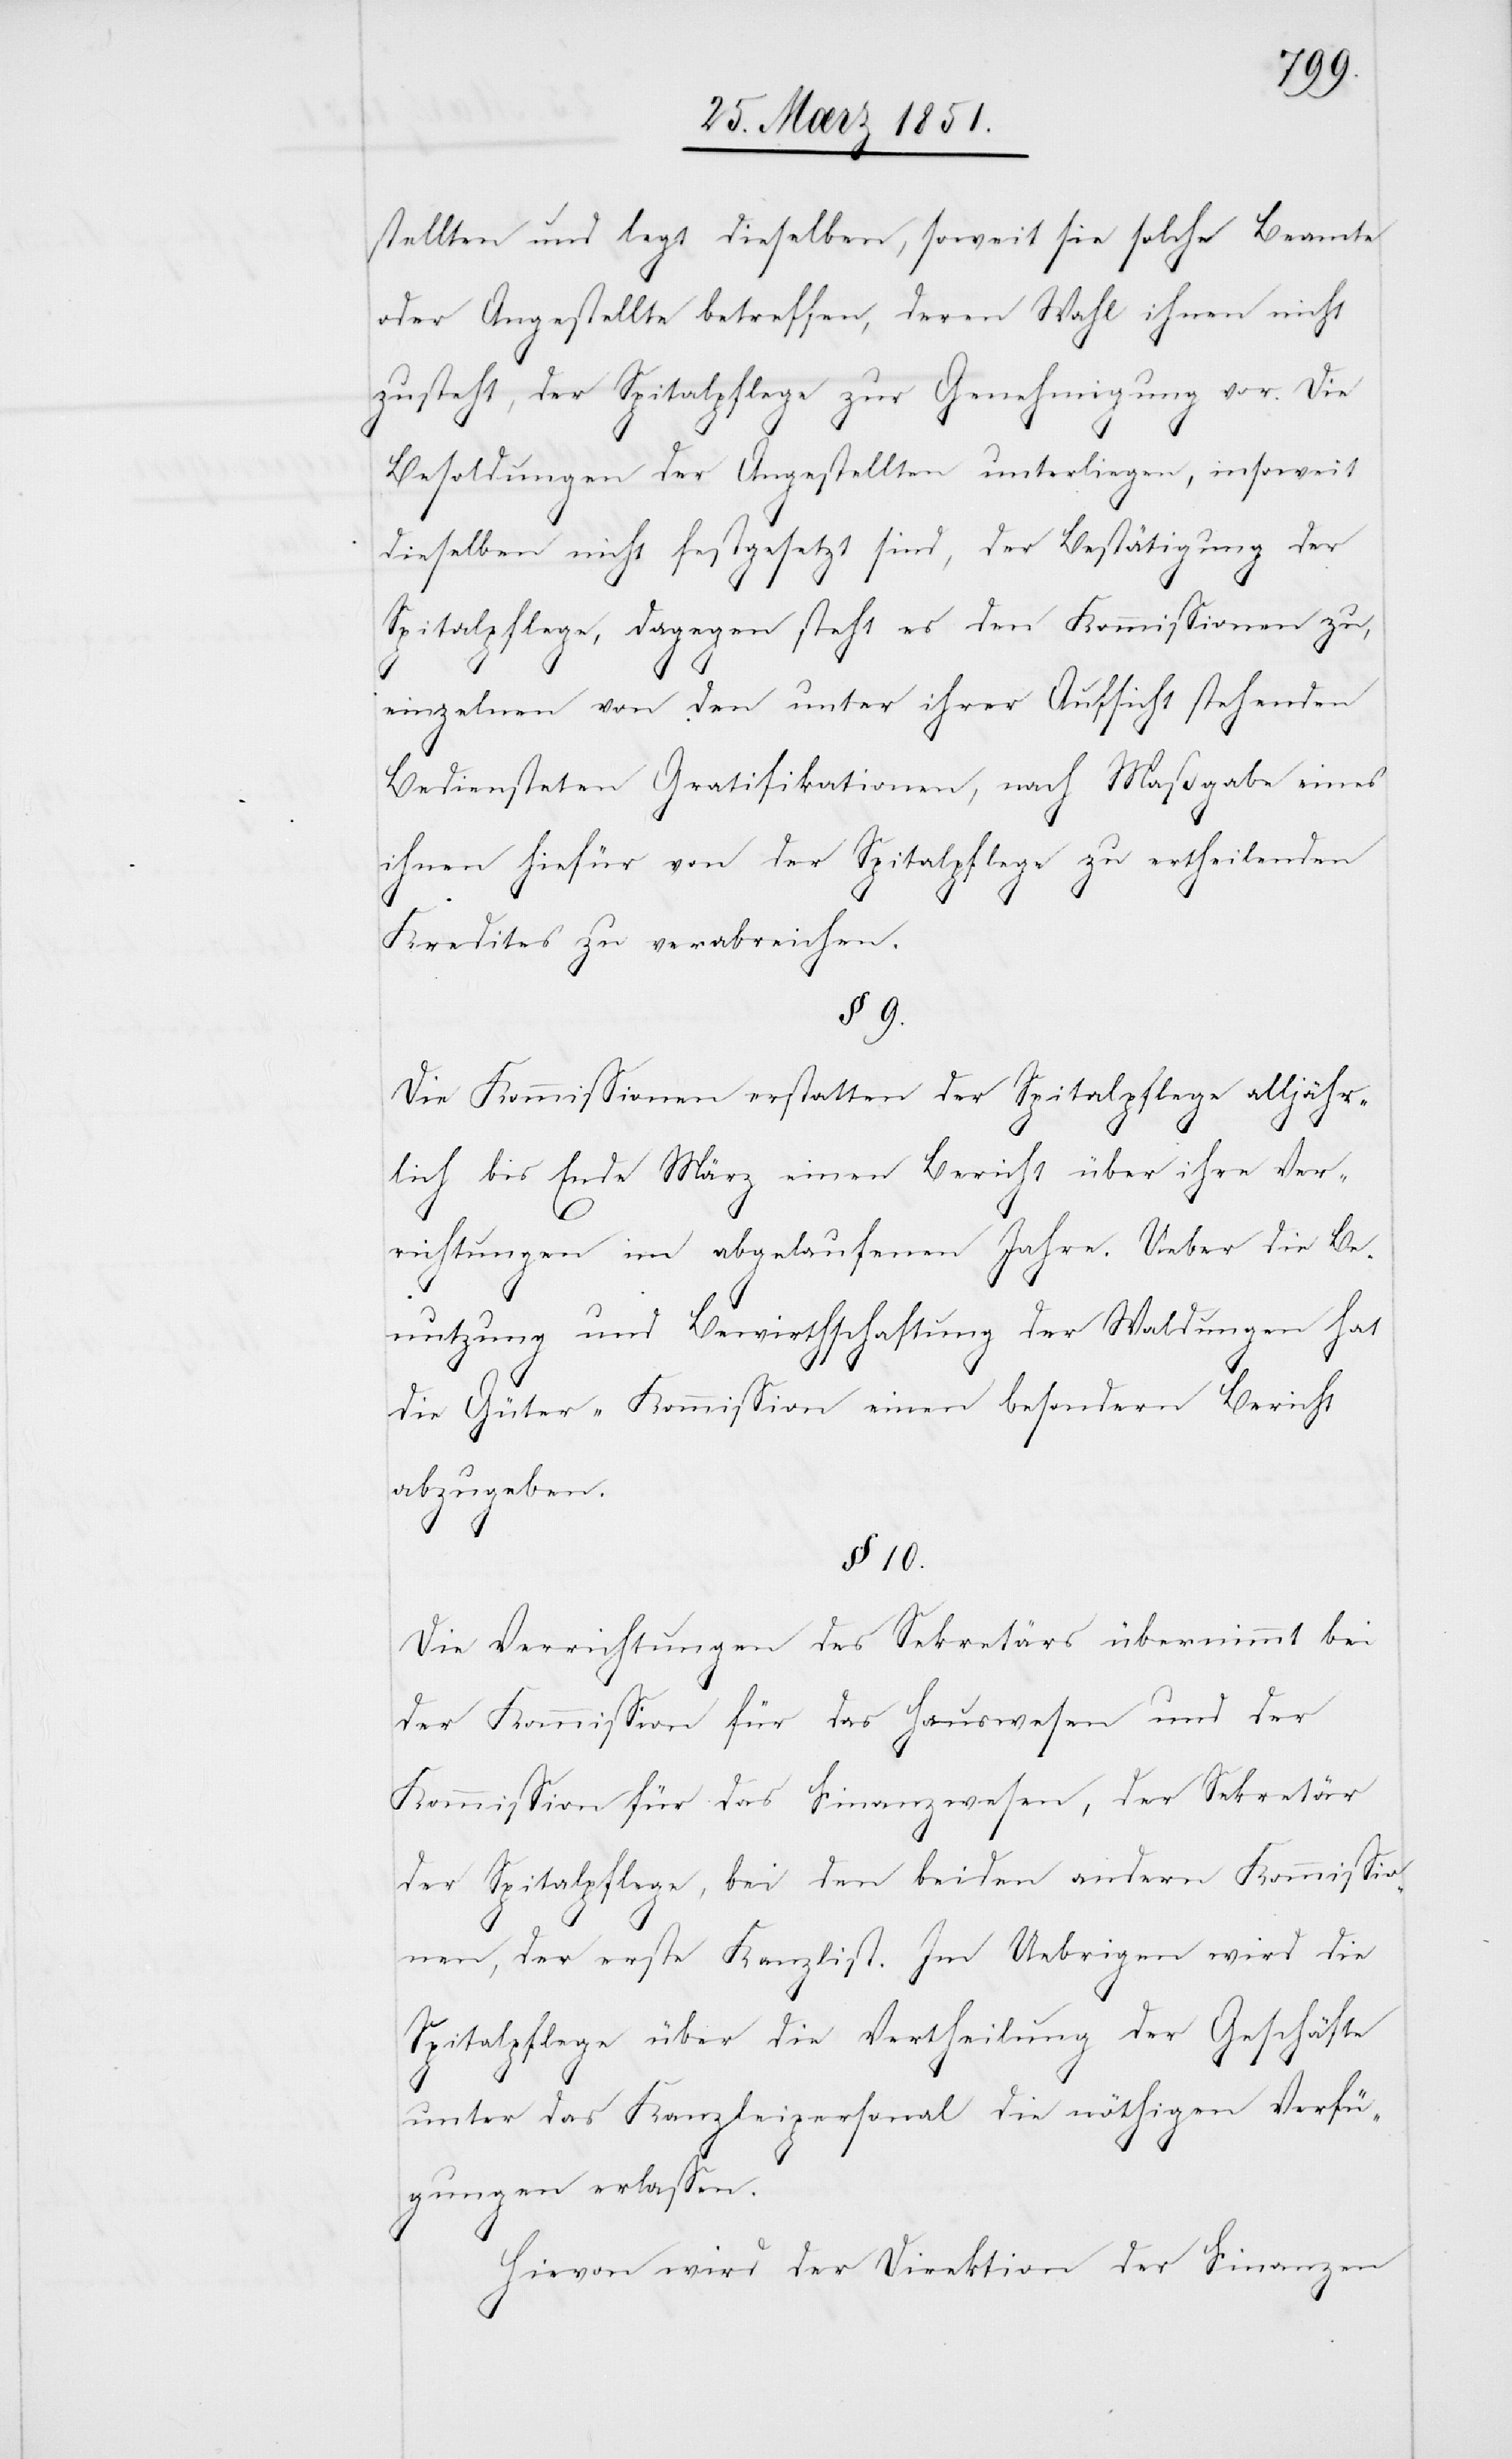
stellten und legt dieselben, soweit sie solche Beamte
oder Angestellte betreffen, deren Wahl ihnen nicht
zusteht, der Spitalpflege zur Genehmigung vor. Die
Besoldungen der Angestellten unterliegen, insoweit
dieselben nicht festgesetzt sind, der Bestätigung der
Spitalpflege, dagegen steht es den Kommissionen zu,
einzelnen von den unter ihrer Aufsicht stehenden
Bediensteten Gratifikationen, nach Maßgabe eines
ihnen hiefür von der Spitalpflege zu ertheilenden
Kredites zu verabreichen.
§ 9.
Die Kommissionen erstatten der Spitalpflege alljähr¬
lich bis Ende März einen Bericht über ihre Ver¬
richtungen im abgelaufenen Jahre. Ueber die Be¬
nutzung und Bewirthschaftung der Waldungen hat
die Güter-Kommission einen besondern Bericht
abzugeben.
§ 10.
Die Verrichtungen des Sekretärs übernimmt bei
der Kommission für das Hauswesen und der
Kommission für das Finanzwesen, der Sekretär
der Spitalpflege, bei den beiden andern Kommissio¬
nen, der erste Kanzlist. Im Uebrigen wird die
Spitalpflege über die Vertheilung der Geschäfte
unter das Kanzleipersonal die nöthigen Verfü¬
gungen erlassen.
Hievon wird der Direktion der Finanzen